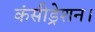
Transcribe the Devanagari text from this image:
कंसीड्रेशन।